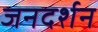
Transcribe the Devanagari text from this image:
जनदर्शन